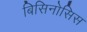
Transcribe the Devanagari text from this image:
बिसिनोसिस